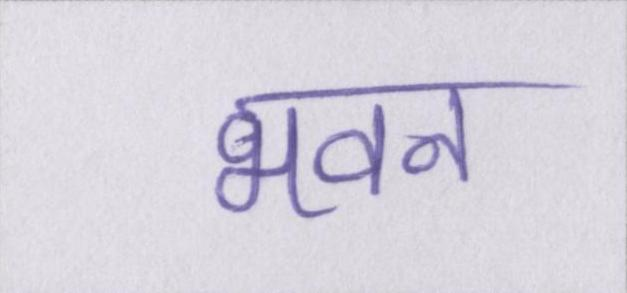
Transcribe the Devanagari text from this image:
भवन